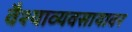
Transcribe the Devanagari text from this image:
वैश्याव्यवसायावर